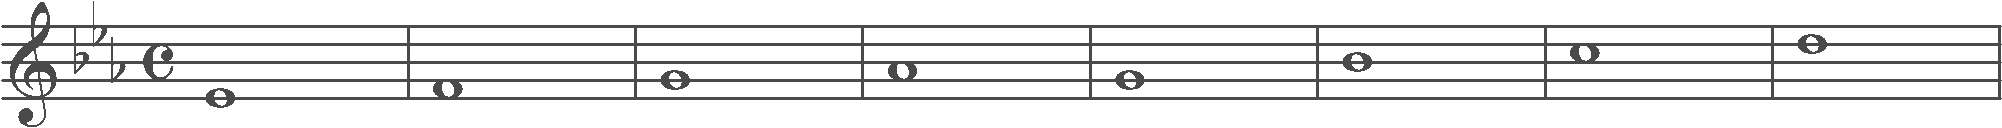
Transcription: clef-G2 keySignature-EbM timeSignature-C note-Eb4_whole barline note-F4_whole barline note-G4_whole barline note-Ab4_whole barline note-G4_whole barline note-Bb4_whole barline note-C5_whole barline note-D5_whole barline